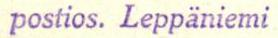
postios. Leppäniemi